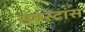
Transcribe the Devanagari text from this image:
सबस्टांस